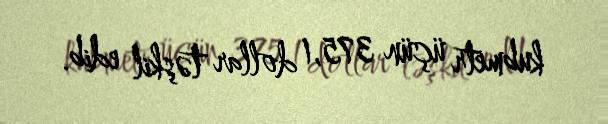
kubmetr üçün 375,1 dollar təşkil edib.